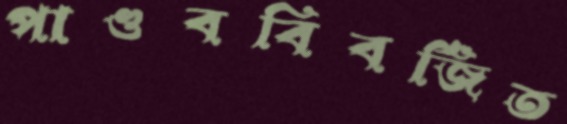
পাণ্ডববিবর্জিত